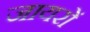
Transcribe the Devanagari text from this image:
जायरों